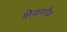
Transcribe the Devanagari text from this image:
शेवगाँव